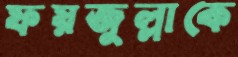
ফয়জুল্লাকে